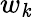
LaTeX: w_{\mathit{k}}